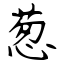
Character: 葱